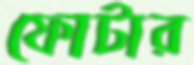
ফোটার